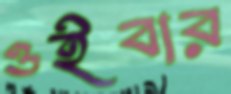
ওইবার